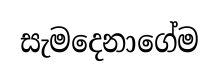
සැමදෙනාගේම